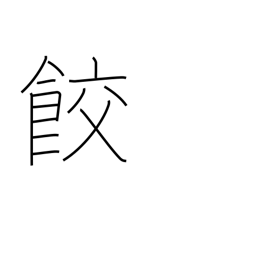
Meaning: gyoza